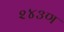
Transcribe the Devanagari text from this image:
२४३ण